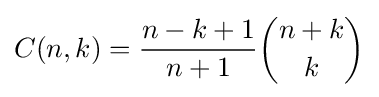
C(n,k)={\frac {n-k+1}{n+1}}{\binom {n+k}{k}}